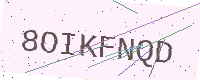
Text: 8OIKFNQD